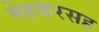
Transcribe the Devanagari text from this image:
मेहकरसह